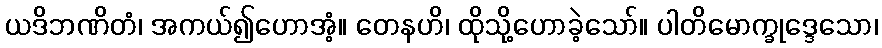
ယဒိဘဏိတံ၊ အကယ်၍ဟောအံ့။ တေနဟိ၊ ထိုသို့ဟောခဲ့သော်။ ပါတိမောက္ခုဒ္ဒေသော၊